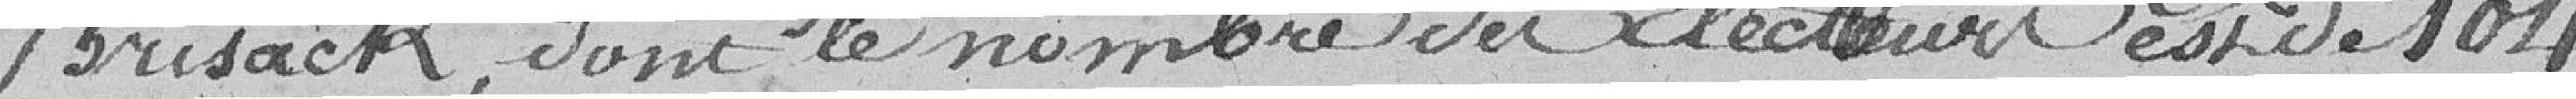
Brisach, dont le nombre du Secteur est de 104.